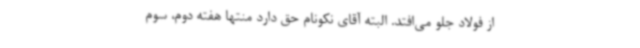
از فولاد جلو می‌افتد. البته آقای نکونام حق دارد منتها هفته دوم، سوم